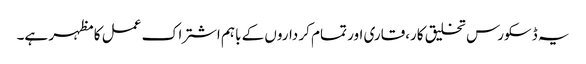
یہ ڈسکورس تخلیق کار،قاری اور تمام کر داروں کے باہم اشتراک عمل کا مظہر ہے۔